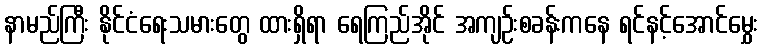
နာမည်ကြီး နိုင်ငံရေးသမားတွေ ထားရှိရာ ရေကြည်အိုင် အကျဉ်းစခန်းကနေ ရင်နင့်အောင်မွှေး